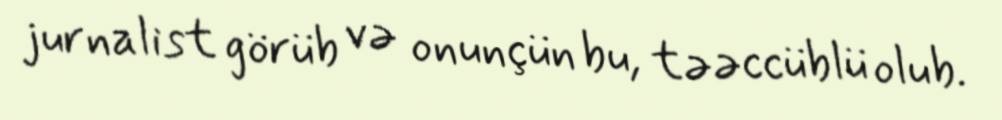
jurnalist görüb və onunçün bu, təəccüblü olub.